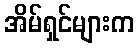
အိမ်ရှင်များက